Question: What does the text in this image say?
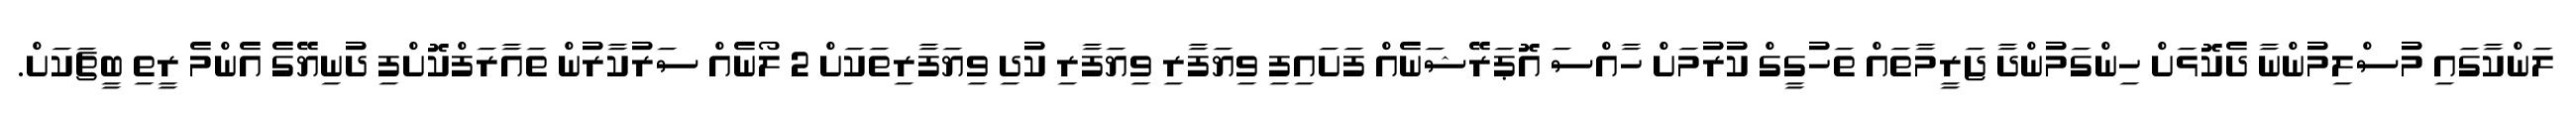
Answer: ލަންކާގައި މުސްލިމުންނާ ދެކޮޅަށް ހިންގަމުންދާ ޖަރީމާތައް ތަހުގީގް ކުރުމަށް ހާއްސަ އޮޕަރޭޝަނެއް ފަށައިފި ވިޔަފާރި ވިޔަފާރި ކުދި ވިޔަފާރިތަކަށް 2 ލޯނެއް ސަރުކާރުން ތައާރަފްކޮށްފި ދުނިޔޭގެ އެންމެ ރީތި ބީޗަކަށް.